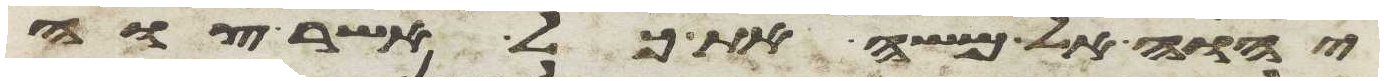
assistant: יהוה אל משה את כל אשר צוה